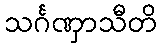
သင်္ဂဏှာသီတိ